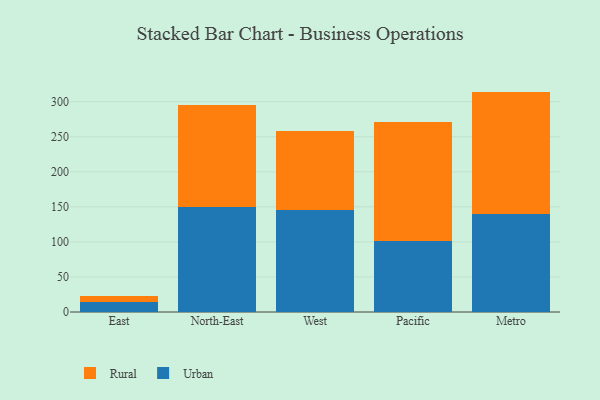
{"axis": {"x": "Region", "y": "Satisfaction Score"}, "legend": ["Rural", "Urban"], "data": [{"x": "East", "y": 13.7, "type": "Urban"}, {"x": "East", "y": 9.3, "type": "Rural"}, {"x": "North-East", "y": 150.1, "type": "Urban"}, {"x": "North-East", "y": 145.7, "type": "Rural"}, {"x": "West", "y": 145.4, "type": "Urban"}, {"x": "West", "y": 112.7, "type": "Rural"}, {"x": "Pacific", "y": 101.6, "type": "Urban"}, {"x": "Pacific", "y": 169.3, "type": "Rural"}, {"x": "Metro", "y": 139.9, "type": "Urban"}, {"x": "Metro", "y": 174.5, "type": "Rural"}]}